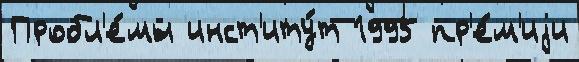
Пробл'е́мы инст'иту́т 1995 пр'е́м'иjи